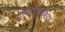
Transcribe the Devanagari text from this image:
परिवर्तितकिया